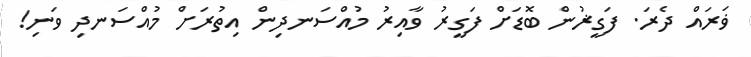
ޥަރައް ދެރަ. ފަގީޜުން ބޮޑަށް ފަގީރު ވާއިރު މުއްސަނދިން އިތުރަށް މުއްސަނދި ވަނި!